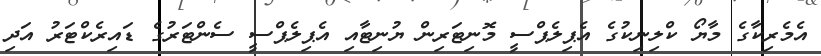
އެމެރިކާގެ މާޔޯ ކްލިނިކުގެ އެޕިލެޕްސީ މޮނިޓަރިން ޔުނިޓާއި އެޕިލެޕްސީ ސެންޓަރުގެ ޑައިރެކްޓަރު އަދި